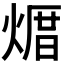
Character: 𪹒